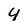
Character: 4